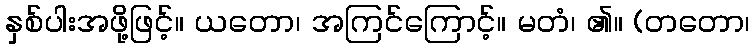
နှစ်ပါးအဖို့ဖြင့်။ ယတော၊ အကြင်ကြောင့်။ မတံ၊ ၏။ (တတော၊